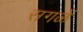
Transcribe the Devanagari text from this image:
सगळें